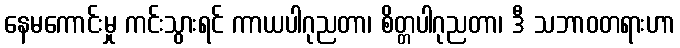
နေမကောင်းမှု ကင်းသွားရင် ကာယပါဂုညတာ၊ စိတ္တပါဂုညတာ၊ ဒီ သဘာဝတရားဟာ